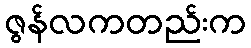
ဇွန်လကတည်းက